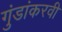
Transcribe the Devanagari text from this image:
गुंडांकरवी